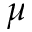
\mu